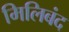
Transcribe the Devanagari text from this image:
मिलिबंद